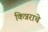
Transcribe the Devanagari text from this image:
किन्नराचे